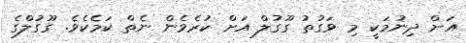
އަށް ދިނުމަކީ މި ވަގުތު ގޫގުލް އަށް ކުރެވެން ނެތް ކަމެކެވެ. ގޫގުލްގެ